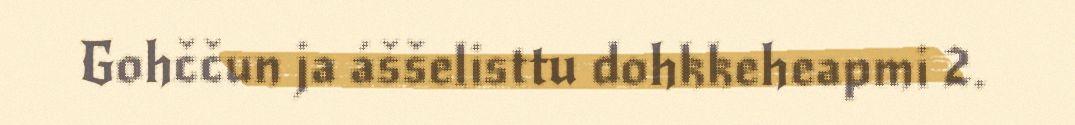
Gohččun ja áššelisttu dohkkeheapmi 2.